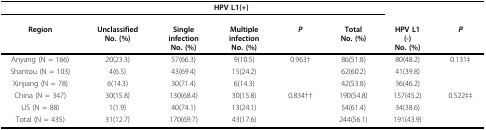
|  | <COLSPAN=5> HPV L1(+) |  |  |
 | Region | Unclassified No. (%) | Single infection No. (%) | Multiple infection No. (%) | P | Total No. (%) | HPV L1(-) No. (%) | P |
 | --- | --- | --- | --- | --- | --- | --- | --- |
 | Anyang (N = 166) | 20(23.3) | 57(66.3) | 9(10.5) | 0.963† | 86(51.8) | 80(48.2) | 0.131‡ |
 | Shantou (N = 103) | 4(6.5) | 43(69.4) | 15(24.2) |  | 62(60.2) | 41(39.8) |  |
 | Xinjiang (N = 78) | 6(14.3) | 30(71.4) | 6(14.3) |  | 42(53.8) | 36(46.2) |  |
 | China (N = 347) | 30(15.8) | 130(68.4) | 30(15.8) | 0.834†† | 190(54.8) | 157(45.2) | 0.522‡‡ |
 | US (N = 88) | 1(1.9) | 40(74.1) | 13(24.1) |  | 54(61.4) | 34(38.6) |  |
 | Total (N = 435) | 31(12.7) | 170(69.7) | 43(17.6) |  | 244(56.1) | 191(43.9) |  |